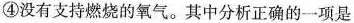
④没有支持燃烧的氧气。其中分析正确的一项是